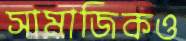
সামাজিকও